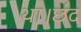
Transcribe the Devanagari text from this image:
था।छंद